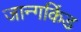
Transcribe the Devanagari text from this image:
जान्गकिंड